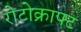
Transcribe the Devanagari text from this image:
रोटोक्राफ्ट